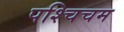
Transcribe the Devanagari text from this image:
पश्चिचम